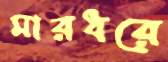
মারধরে